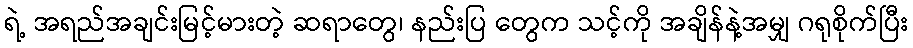
ရဲ့ အရည်အချင်းမြင့်မားတဲ့ ဆရာတွေ၊ နည်းပြ တွေက သင့်ကို အချိန်နဲ့အမျှ ဂရုစိုက်ပြီး